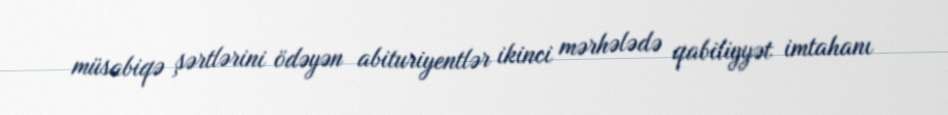
müsabiqə şərtlərini ödəyən abituriyentlər ikinci mərhələdə qabiliyyət imtahanı